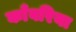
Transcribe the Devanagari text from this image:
काँवरिया